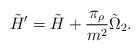
LaTeX: \begin{align*}\tilde{H}' = \tilde H + \frac{\pi_\rho}{m^2} \tilde{\Omega}_2.\end{align*}